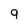
Character: 9